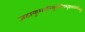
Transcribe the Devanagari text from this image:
जटायुःशवरिसुगतिदस्तुष्टवातेर्विधातु